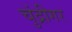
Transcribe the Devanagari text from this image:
चुंद्रीगर